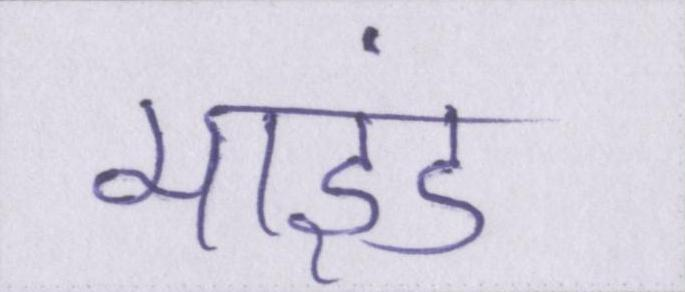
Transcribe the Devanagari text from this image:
माइंड